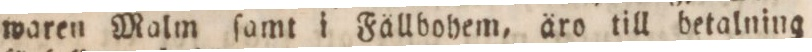
waren Malm ſamt i Fällbohem, äro till betalning